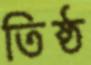
তিষ্ঠ